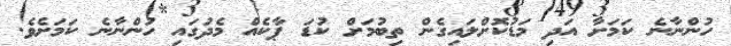
ހުންނާނެ ކަމަށާ އަދި މަޑުކޮށްލައިގެން ތިބުމަށް ކުޑަ ޕާކެއް މެދުގައި ހުންނާނެ ކަމަށެވެ.